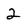
Character: 2